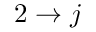
2 \rightarrow j